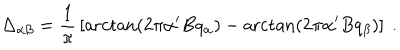
\Delta _ { \alpha \beta } = { \frac { 1 } { \pi } } \left[ \operatorname { a r c t a n } \left( 2 \pi \alpha ^ { \prime } B q _ { \alpha } \right) - \operatorname { a r c t a n } \left( 2 \pi \alpha ^ { \prime } B q _ { \beta } \right) \right] ~ .